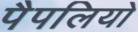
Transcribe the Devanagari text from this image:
पैपलियो